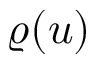
\varrho ( u )